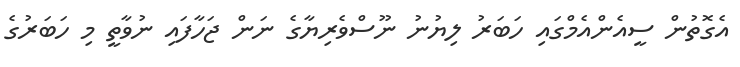
އެގޮތުން ސީއެންއެމްގައި ހަބަރު ލިޔުނު ނޫސްވެރިޔާގެ ނަން ޖަހާފައި ނުވާތީ މި ހަބަރުގެ